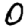
Digit: 0